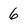
Character: 6